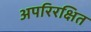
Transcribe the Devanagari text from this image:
अपरिरक्षित